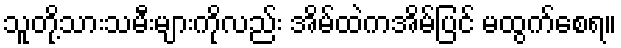
သူတို့သားသမီးများကိုလည်း အိမ်ထဲကအိမ်ပြင် မထွက်စေရ။